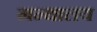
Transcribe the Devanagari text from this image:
ग्रन्‍थालय